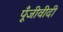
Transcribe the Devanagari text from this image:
पूँजीवीदी